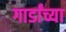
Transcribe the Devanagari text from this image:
गार्डांच्या